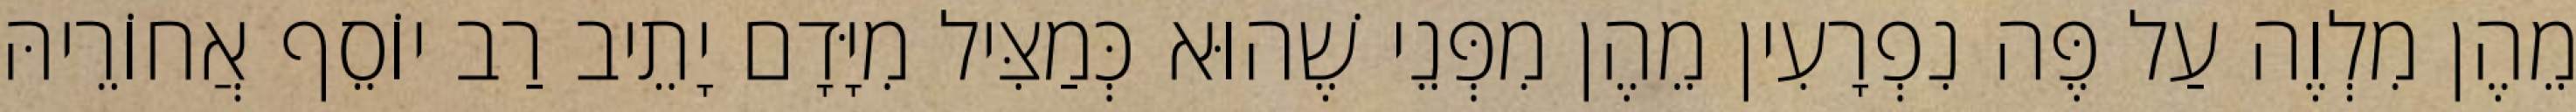
מֵהֶן מִלְוֶה עַל פֶּה נִפְרָעִין מֵהֶן מִפְּנֵי שֶׁהוּא כְּמַצִּיל מִיָּדָם יָתֵיב רַב יוֹסֵף אֲחוֹרֵיהּ